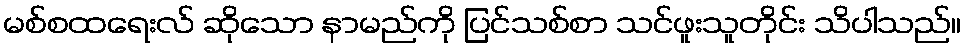
မစ်စထရေးလ် ဆိုသော နာမည်ကို ပြင်သစ်စာ သင်ဖူးသူတိုင်း သိပါသည်။